Report on vaccination in Madras 1877-1894 - 1877-1894
Year: 1877
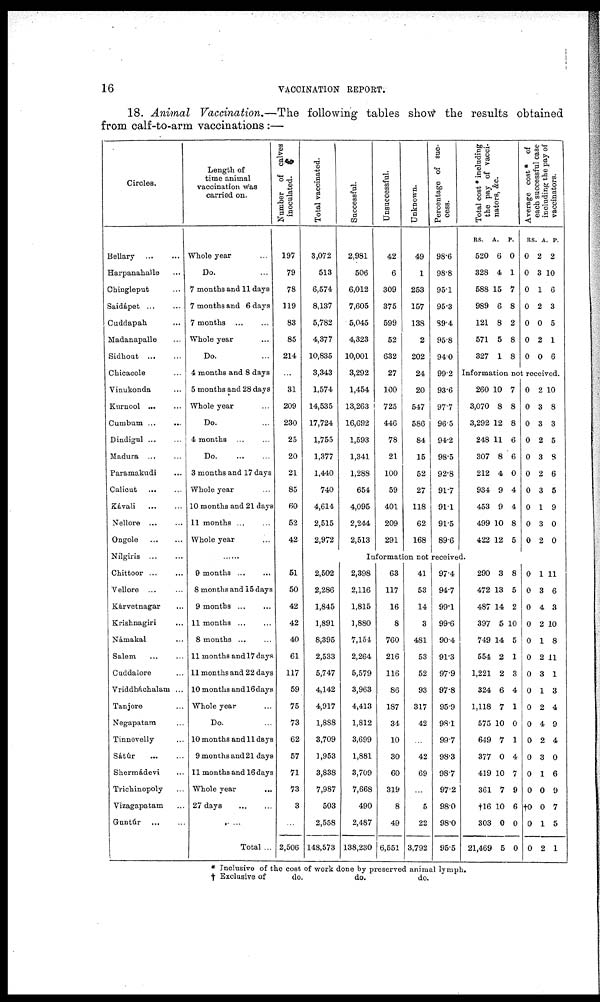
16
VACCINATION REPORT.
18. Animal Vaccination.—The following tables show the results obtained
from calf-to-arm vaccinations :—
Circles.
Bellary ... ...
Harpanahalle ...
Chingleput ...
Saidápet
...
...
Cuddapah ... ...
Madanapalle ... ...
Sidhout
...
...
Chicacole ...
Vinukonda ...
Kurnool
...
...
Cumbum ...
...
Dindigul ... ...
Madura ...
Paramakudi ...
Calicut
...
...
Kávali
...
...
Nellore
...
...
Ongole
...
...
Nílgiris ... ...
Chittoor
...
...
Vellore ...
Kárvetnagar ...
Krishnagiri ...
Námakal ...
Salem ... ...
Cuddalore ...
Vriddháchalam ...
Tanjore ...
Negapatam ...
Tinnevelly ...
Sátúr
...
...
Shermádevi ...
Trichinopoly ...
Vizagapatam ...
Guntúr
...
...
Length of
time animal
vaccination was
carried on.
Whole year ...
Do. ...
7 months and 11 days
7 months and 6 days
7 months ... ...
Whole year ...
Do. ...
4 months and 8 days
5 months and 28 days
Whole year ...
Do. ...
4 months ... ...
Do.
...
...
3 months and 17 days
Whole year ...
10 months and 21 days
11 months ... ...
Whole year ...
......
9 months ... ...
8 months and 15 days
9 months
...
...
11 months ... ...
8 months ... ...
11 months and 17 days
11 months and 22 days
10 months and 16 days
Whole year ...
Do. ...
10 months and 11 days
9 months and 21 days
11 months and 16 days
Whole year
...
27 days
...
...
...
Total ...
Number of calves
inoculated.
197
79
78
119
83
85
214
...
31
209
230
25
20
21
85
60
52
42
Total vaccinated.
3,072
513
6,574
8,137
5,782
4,377
10,835
3,343
1,574
14,535
17,724
1,755
1,377
1,440
740
4,614
2,515
2,972
Successful.
2,981
506
6,012
7,605
5,045
4,323
10,001
3,292
1,454
13,263
16,692
1,593
1,341
1,288
654
4,095
2,244
2,513
Unsuccessful.
42
6
309
375
599
52
632
27
100
725
446
78
21
100
59
401
209
291
Unknown.
49
1
253
157
138
2
202
24
20
547
586
84
15
52
27
118
62
168
Percentage of suc-
cess.
98.6
98.8
95.1
95.3
89.4
95.8
94.0
99.2
93.6
97.7
96.5
94.2
98.5
92.8
91.7
91.1
91.5
89.6
Total cost * including
the pay of vacci¬
nators,
&c.
RS.
520
328
588
989
121
571
327
A.
6
4
15
6
8
5
1
P.
0
1
7
8
2
8
8
Average cost * of
each successful case
including the pay of
vaccinators.
RS
0
0
0
0
0
0
0
. A.
2
3
1
2
0
2
0
P.
2
10
6
3
5
1
6
Information not received.
260
3,070
3,292
248
307
212
934
453
499
422
10
8
12
11
8
4
9
9
10
12
7
8
8
6
6
0
4
4
8
5
0
0
0
0
0
0
0
0
0
0
2
3
3
2
3
2
3
1
3
2
10
8
3
5
8
6
5
9
0
0
Information not received.
51
50
42
42
40
61
117
59
75
73
62
57
71
73
3
...
2,506
2,502
2,286
1,845
1,891
8,395
2,533
5,747
4,142
4,917
1,888
3,709
1,953
3,838
7,987
503
2,558
148,573
2,398
2,116
1,815
1,880
7,154
2,264
5,579
3,963
4,413
1,812
3,699
1,881
3,709
7,668
490
2,487
138,230
63
117
16
8
760
216
116
86
187
34
10
30
60
319
8
49
6,551
41
53
14
3
481
53
52
93
317
42
...
42
69
...
5
22
3,792
97.4
94.7
99.1
99.6
90.4
91.3
97.9
97.8
95.9
98.1
99.7
98.3
98.7
97.2
98.0
98.0
95.5
290
472
487
397
749
554
1,221
324
1,118
575
649
377
419
361
†16
303
21,469
3
13
14
5
14
2
2
6
7
10
7
0
10
7
10
0
5
8
5
2
10
5
1
3
4
1
0
1
4
7
9
6
0
0
0
0
0
0
0
0
0
0
0
0
0
0
0
0
†0
0
0
1
3
4
2
1
2
3
1
2
4
2
3
1
0
0
1
2
11
6
3
10
8
11
1
3
4
9
4
0
6
9
7
5
1
* Inclusive of the cost of work done by preserved animal lymph.
† Exclusive of
do.
do.
do.